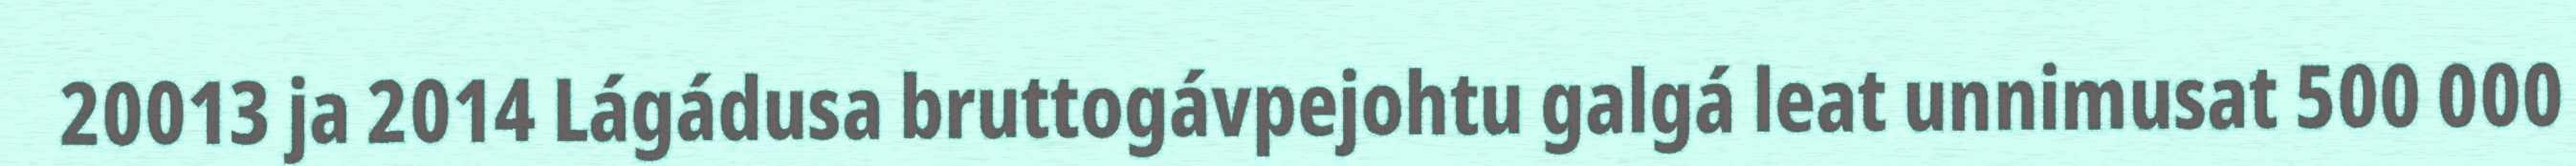
20013 ja 2014 Lágádusa bruttogávpejohtu galgá leat unnimusat 500 000